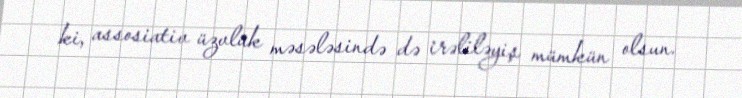
ki, assosiativ üzvlük məsələsində də irəliləyiş mümkün olsun.